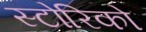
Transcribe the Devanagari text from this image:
स्टोरिको